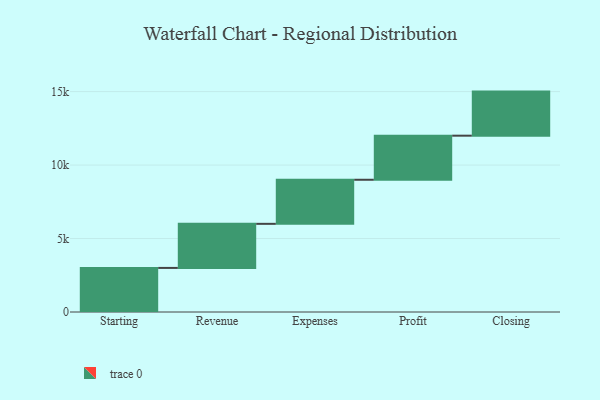
{"axis": {"x": "Step", "y": "Value"}, "legend": [""], "data": [{"x": "Starting", "y": 3000, "type": ""}, {"x": "Revenue", "y": 3000, "type": ""}, {"x": "Expenses", "y": 3000, "type": ""}, {"x": "Profit", "y": 3000, "type": ""}, {"x": "Closing", "y": 3000, "type": ""}]}